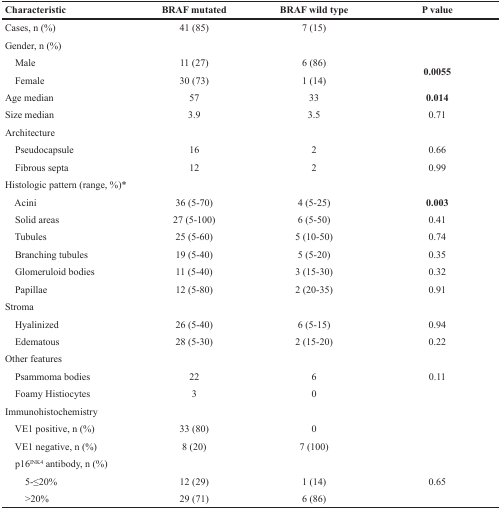
<table><thead><tr><td><b>Characteristic</b></td><td><b>BRAF mutated</b></td><td><b>BRAF wild type</b></td><td><b>P value</b></td></tr></thead><tbody><tr><td>Cases, n (%)</td><td>41 (85)</td><td>7 (15)</td><td></td></tr><tr><td>Gender, n (%)</td><td></td><td></td><td></td></tr><tr><td> Male</td><td>11 (27)</td><td>6 (86)</td><td><b>0.0055</b></td></tr><tr><td> Female</td><td>30 (73)</td><td>1 (14)</td><td></td></tr><tr><td>Age median</td><td>57</td><td>33</td><td><b>0.014</b></td></tr><tr><td>Size median</td><td>3.9</td><td>3.5</td><td>0.71</td></tr><tr><td>Architecture</td><td></td><td></td><td></td></tr><tr><td> Pseudocapsule</td><td>16</td><td>2</td><td>0.66</td></tr><tr><td> Fibrous septa</td><td>12</td><td>2</td><td>0.99</td></tr><tr><td>Histologic pattern (range, %)*</td><td></td><td></td><td></td></tr><tr><td> Acini</td><td>36 (5-70)</td><td>4 (5-25)</td><td><b>0.003</b></td></tr><tr><td> Solid areas</td><td>27 (5-100)</td><td>6 (5-50)</td><td>0.41</td></tr><tr><td> Tubules</td><td>25 (5-60)</td><td>5 (10-50)</td><td>0.74</td></tr><tr><td> Branching tubules</td><td>19 (5-40)</td><td>5 (5-20)</td><td>0.35</td></tr><tr><td> Glomeruloid bodies</td><td>11 (5-40)</td><td>3 (15-30)</td><td>0.32</td></tr><tr><td> Papillae</td><td>12 (5-80)</td><td>2 (20-35)</td><td>0.91</td></tr><tr><td>Stroma</td><td></td><td></td><td></td></tr><tr><td> Hyalinized</td><td>26 (5-40)</td><td>6 (5-15)</td><td>0.94</td></tr><tr><td> Edematous</td><td>28 (5-30)</td><td>2 (15-20)</td><td>0.22</td></tr><tr><td>Other features</td><td></td><td></td><td></td></tr><tr><td> Psammoma bodies</td><td>22</td><td>6</td><td>0.11</td></tr><tr><td> Foamy Histiocytes</td><td>3</td><td>0</td><td></td></tr><tr><td>Immunohistochemistry</td><td></td><td></td><td></td></tr><tr><td> VE1 positive, n (%)</td><td>33 (80)</td><td>0</td><td></td></tr><tr><td> VE1 negative, n (%)</td><td>8 (20)</td><td>7 (100)</td><td></td></tr><tr><td> p16<sup>INK4</sup> antibody, n (%)</td><td></td><td></td><td></td></tr><tr><td>5-≤20%</td><td>12 (29)</td><td>1 (14)</td><td>0.65</td></tr><tr><td>&gt;20%</td><td>29 (71)</td><td>6 (86)</td><td></td></tr></tbody></table>